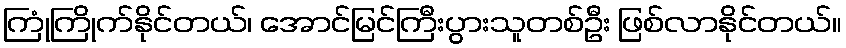
ကြုံကြိုက်နိုင်တယ်၊ အောင်မြင်ကြီးပွားသူတစ်ဦး ဖြစ်လာနိုင်တယ်။